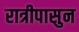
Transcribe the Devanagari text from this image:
रात्रीपासुन